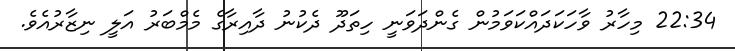
22:34 މިހާރު ވާހަކަދައްކަވަމުން ގެންދަވަނީ ހިތަދޫ ދެކުނު ދާއިރާގެ މެމްބަރު އަލީ ނިޒާރުއެވެ.